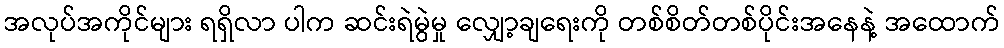
အလုပ်အကိုင်များ ရရှိလာ ပါက ဆင်းရဲမွဲမှု လျှော့ချရေးကို တစ်စိတ်တစ်ပိုင်းအနေနဲ့ အထောက်